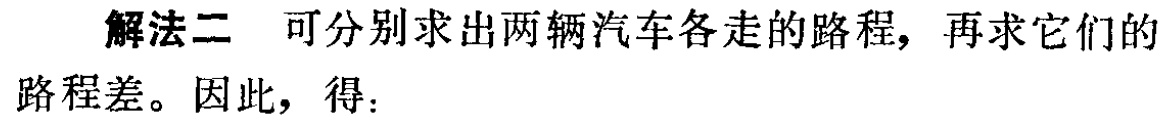
解法二 可分别求出两辆汽车各走的路程，再求它们的路程差。因此，得：